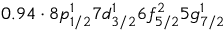
0 . 9 4 \cdot 8 p _ { 1 / 2 } ^ { 1 } 7 d _ { 3 / 2 } ^ { 1 } 6 f _ { 5 / 2 } ^ { 2 } 5 g _ { 7 / 2 } ^ { 1 }